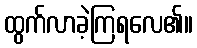
ထွက်လာခဲ့ကြရလေ၏။